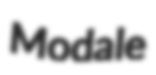
Modale